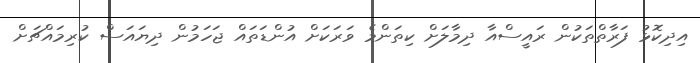
އިދިކޮޅު ފަރާތްތަކުން ރައީސްއާ ދިމާލަށް ކިތަންމެ ވަރަކަށް އުންޑަތައް ޖަހަމުން ދިޔައަސް ކުރިމައްޗަށް